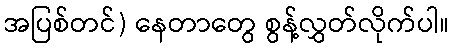
အပြစ်တင်) နေတာတွေ စွန့်လွှတ်လိုက်ပါ။